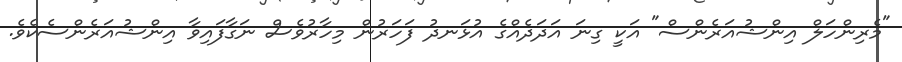
"މެރިންހަލް އިންޝުއަރެންސް" އަކީ ގިނަ އަދަދެއްގެ އުޅަނދު ފަހަރުން މިހާރުވެސް ނަގާފައިވާ އިންޝުއަރެންސެކެވެ.